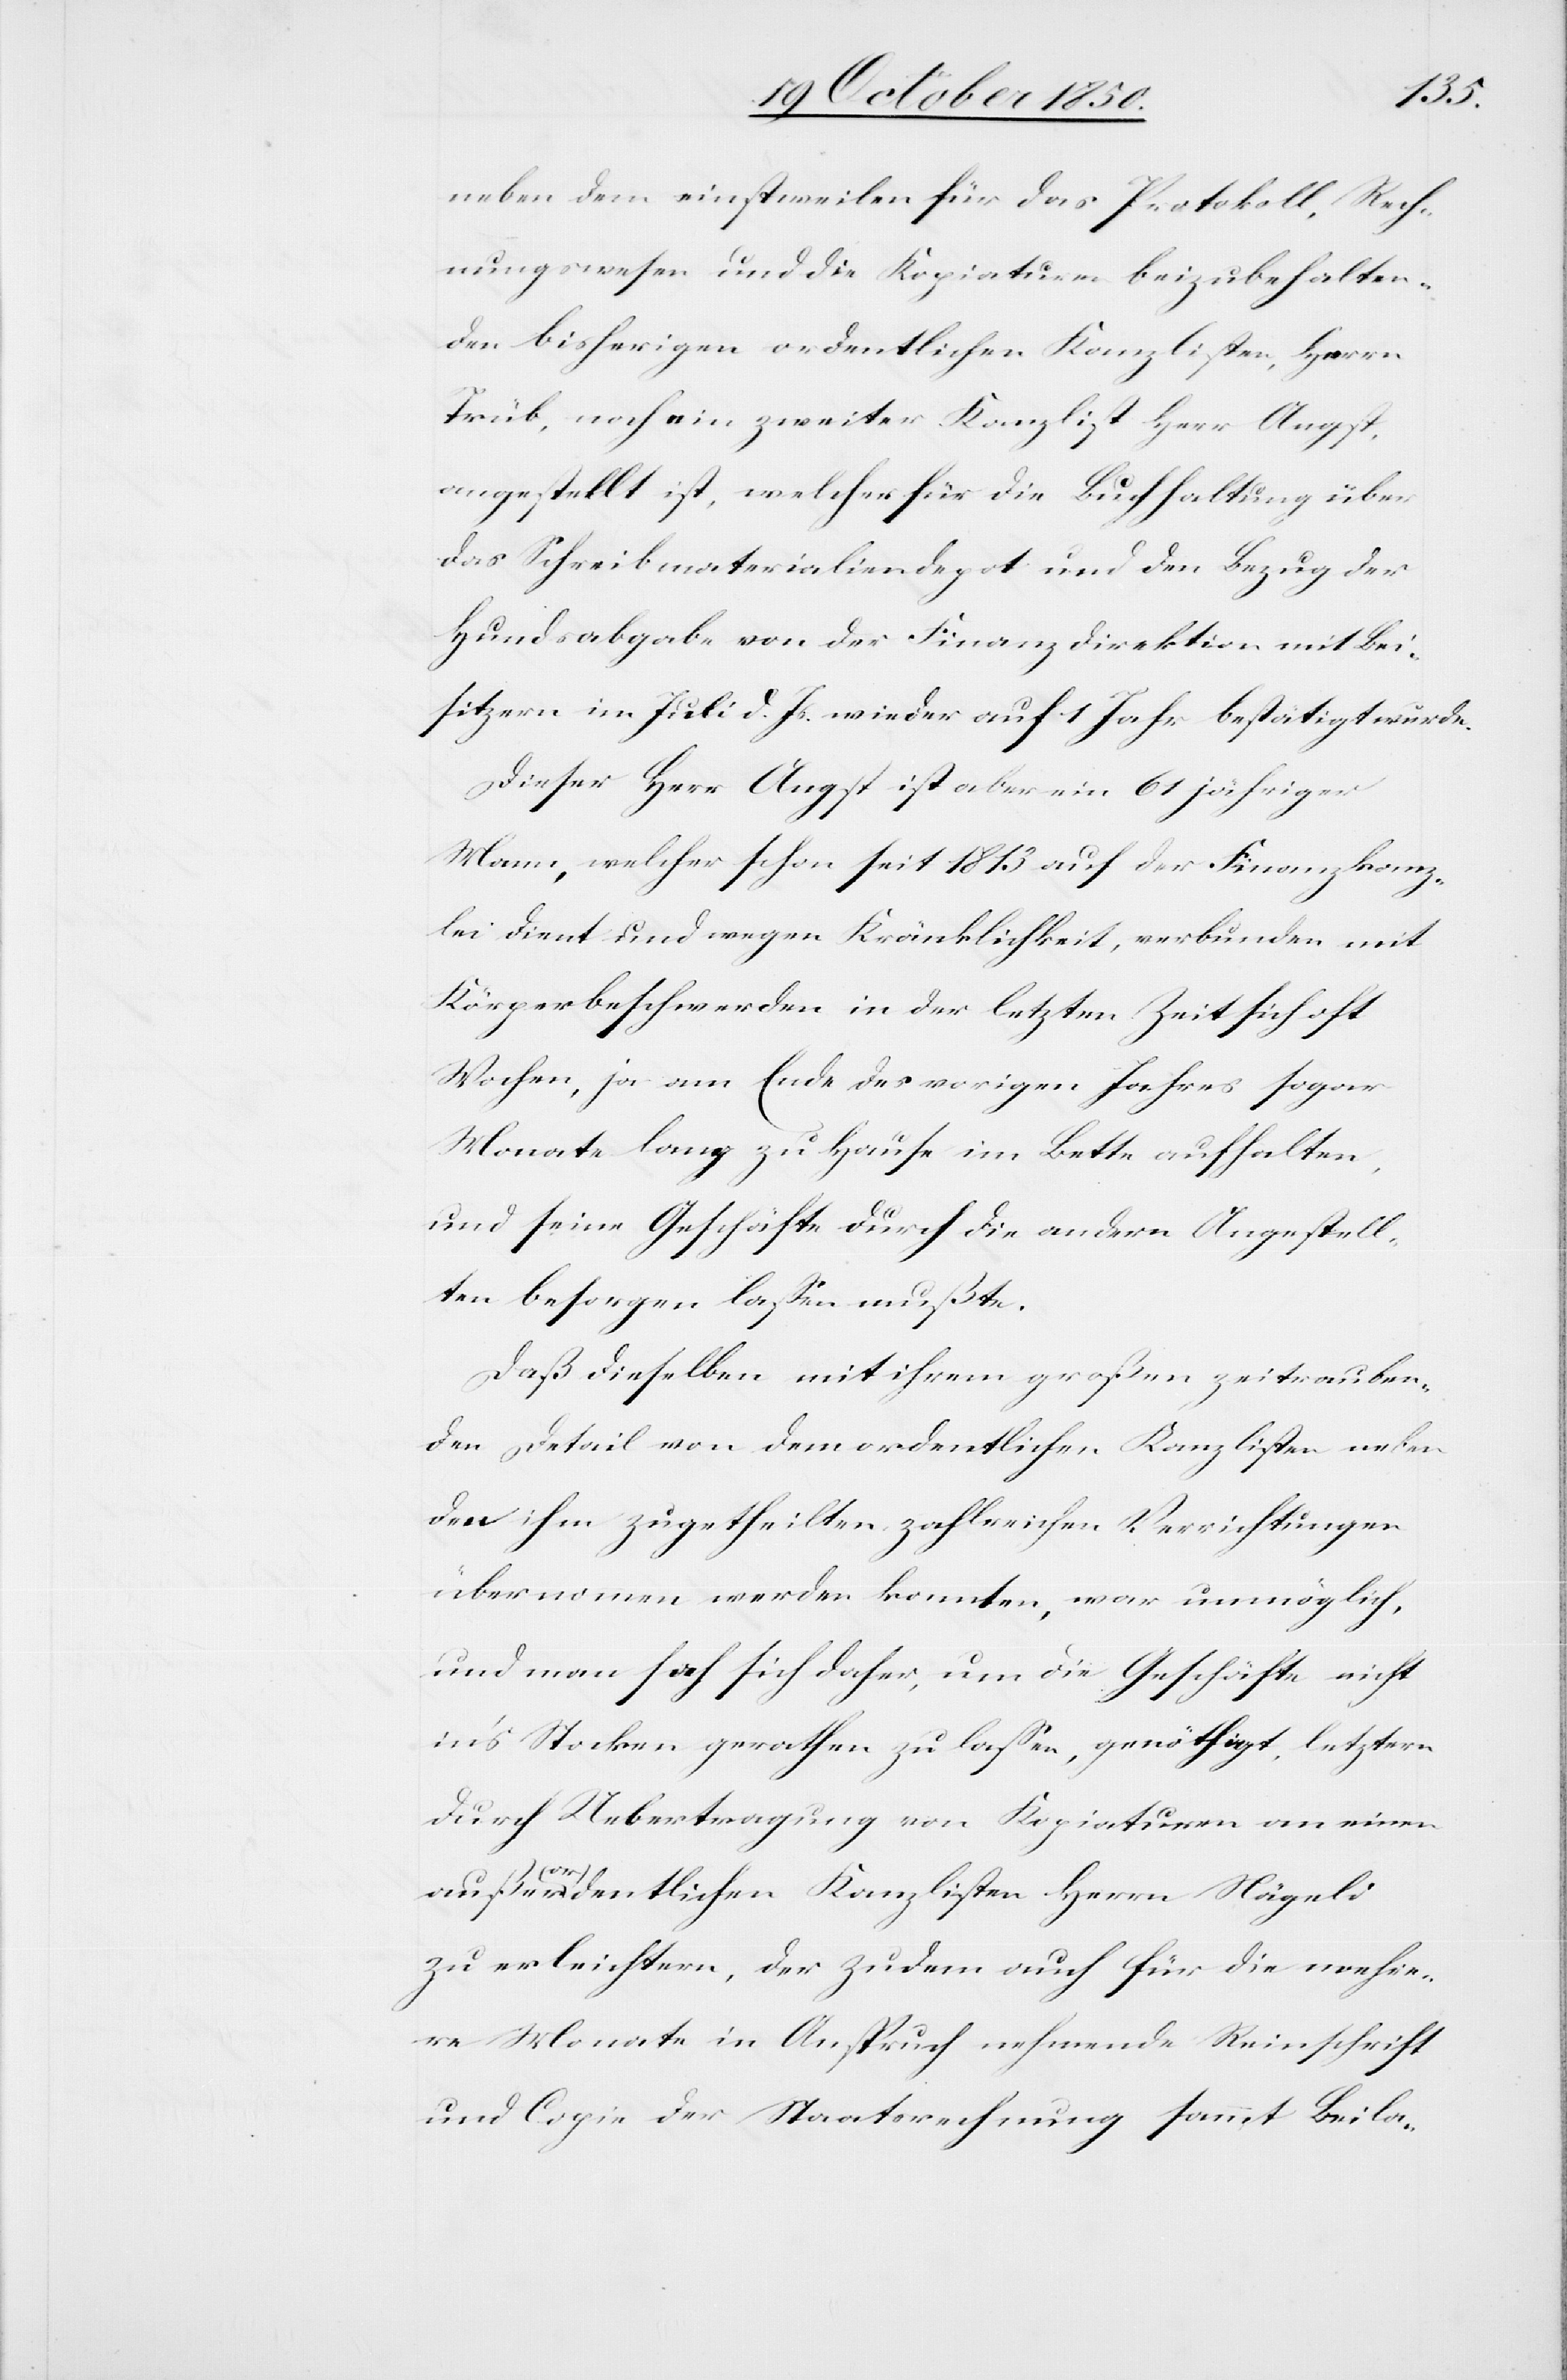
neben dem einstweilen für das Protokoll, Rech¬
nungswesen und die Kopiaturen beizubehalten¬
den bisherigen ordentlichen Kanzlisten, Herrn
Trüb, noch ein zweiter Kanzlist Herr Angst,
angestellt ist, welcher für die Buchhaltung über
das Schreibmaterialiendepot und den Bezug der
Hundsabgabe von der Finanzdirektion mit Bei¬
sitzern im Juli d. Js. wieder auf 1 Jahr bestätigt wurde.
Dieser Herr Angst ist aber ein 61 jähriger
Mann, welcher schon seit 1813 auf der Finanzkanz¬
lei dient und wegen Kränklichkeit, verbunden mit
Körperbeschwerden in der letzten Zeit sich oft
Wochen, ja am Ende des vorigen Jahres sogar
Monate lang zu Hause im Bette aufhalten,
und seine Geschäfte durch die andern Angestell¬
ten besorgen lassen mußte.
Daß dieselben mit ihrem großen zeitrauben¬
den Detail von dem ordentlichen Kanzlisten neben
den ihm zugetheilten zahlreichen Verrichtungen
übernommen werden konnten, war unmöglich,
und man sah sich daher, um die Geschäfte nicht
in’s Stocken gerathen zu lassen, genöthigt, letztern
durch Uebertragung von Kopiaturen an einen
außerordentlichen Kanzlisten Herrn Nägeli
zu erleichtern, die zudem auch für die mehre¬
re Monate in Anspruch nehmende Reinschrift
und Copie der Staatsrechnung sammt Beila-